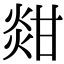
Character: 𤊼